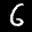
Label: 6